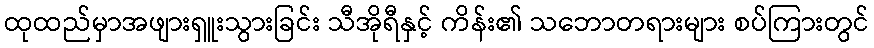
ထုထည်မှာအဖျားရှူးသွားခြင်း သီအိုရီနှင့် ကိန်း၏ သဘောတရားများ စပ်ကြားတွင်